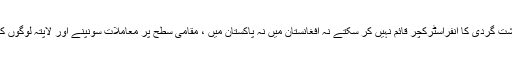
چین روس اور ایران آپ کے ساتھ ہیں امریکی اور بھارتی ماضی جیسا دہشت گردی کا انفراسٹرکچر قائم نہیں کر سکتے نہ افغانستان میں نہ پاکستان میں ، مقامی سطح پر معاملات سونپنے اور لاپتہ لوگوں کا معاملہ حل کرنے سے قوم یکجہتی پیدا ہو گی اور معاملات حل ہونگے ۔